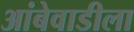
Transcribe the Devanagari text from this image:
आंबेवाडीला